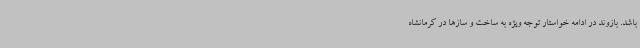
باشد. بازوند در ادامه خواستار توجه ویژه به ساخت و سازها در کرمانشاه